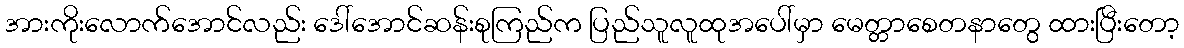
အားကိုးလောက်အောင်လည်း ဒေါ်အောင်ဆန်းစုကြည်က ပြည်သူလူထုအပေါ်မှာ မေတ္တာစေတနာတွေ ထားပြီးတော့